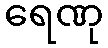
ရေဏု